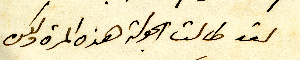
لقد طالت الجولة هذه المرة ولكن